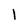
Character: 1